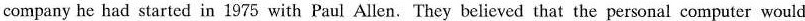
company he had started in 1975 with Paul Allen. They believed that the personal computer would